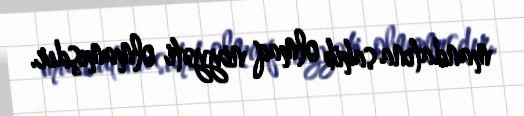
mandatına sahib olmaq niyyəti olmamışdır.